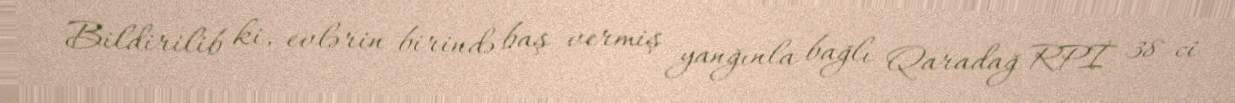
Bildirilib ki, evlərin birində baş vermiş yanğınla bağlı Qaradağ RPİ 38-ci